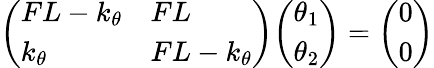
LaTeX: {\left(\begin{array}{ll}{FL-k_{\theta}}&{FL}\\ {k_{\theta}}&{FL-k_{\theta}}\end{array}\right)}{\left(\begin{array}{l}{\theta_{1}}\\ {\theta_{2}}\end{array}\right)}={\left(\begin{array}{l}{0}\\ {0}\end{array}\right)}